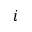
i